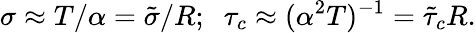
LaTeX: \sigma\approx T/\alpha=\tilde{\sigma}/R;\; \; \tau_{c}\approx(\alpha^{2}T)^{-1}=\tilde{\tau}_{c}R.